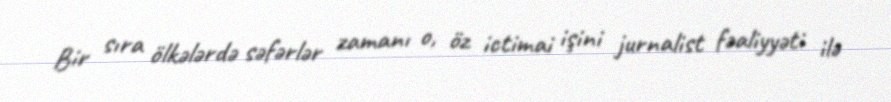
Bir sıra ölkələrdə səfərlər zamanı o, öz ictimai işini jurnalist fəaliyyəti ilə